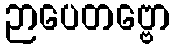
ဉာပေတဗ္ဗော